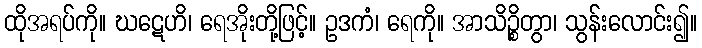
ထိုအရပ်ကို။ ဃဋေဟိ၊ ရေအိုးတို့ဖြင့်။ ဥဒကံ၊ ရေကို။ အာသိဉ္စိတွာ၊ သွန်းလောင်း၍။